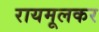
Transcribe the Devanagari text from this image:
रायमूलकर